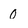
Character: 0